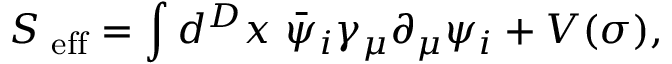
S _ { \mathrm { \scriptsize ~ e f f } } = \int d ^ { D } x ~ \bar { \psi } _ { i } \gamma _ { \mu } \partial _ { \mu } \psi _ { i } + V ( \sigma ) ,